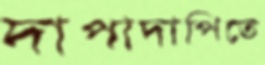
দাপাদাপিতে